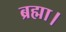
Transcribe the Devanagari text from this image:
ब्रह्मा।